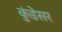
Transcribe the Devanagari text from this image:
कुंडेसर